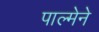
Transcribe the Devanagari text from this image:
पाल्मेने